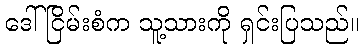
ဒေါ်ငြိမ်းစံက သူ့သားကို ရှင်းပြသည်။